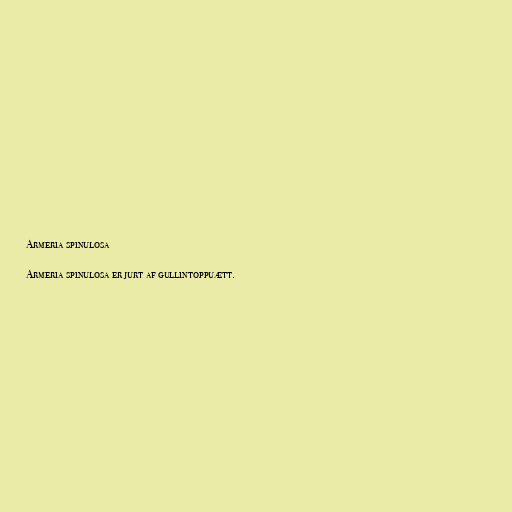
Armeria spinulosa

Armeria spinulosa er jurt af gullintoppuætt.